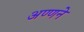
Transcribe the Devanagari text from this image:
अण्णने